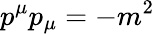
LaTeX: p^{\mu}p_{\mu}=-m^{2}